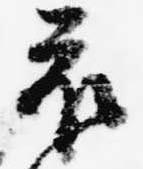
衣